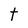
Character: t